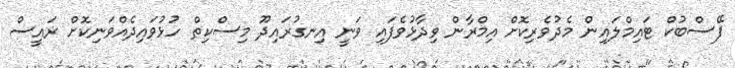
ފޭސްބުކް ޓައިމްލައިން މެދުވެރިކޮށް އިމްރާން ވިދާޅުވެފައި ވަނީ އިނގުރައިދޫ މިސްކިތް ހުޅުވައިދެއްވަނިކޮށް ރައީސް